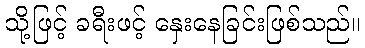
သို့ဖြင့် ခရီးဖင့် နှေးနေခြင်းဖြစ်သည်။